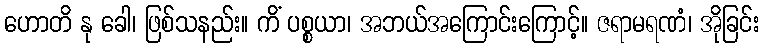
ဟောတိ နု ခေါ၊ ဖြစ်သနည်း။ ကိံ ပစ္စယာ၊ အဘယ်အကြောင်းကြောင့်။ ဇရာမရဏံ၊ အိုခြင်း